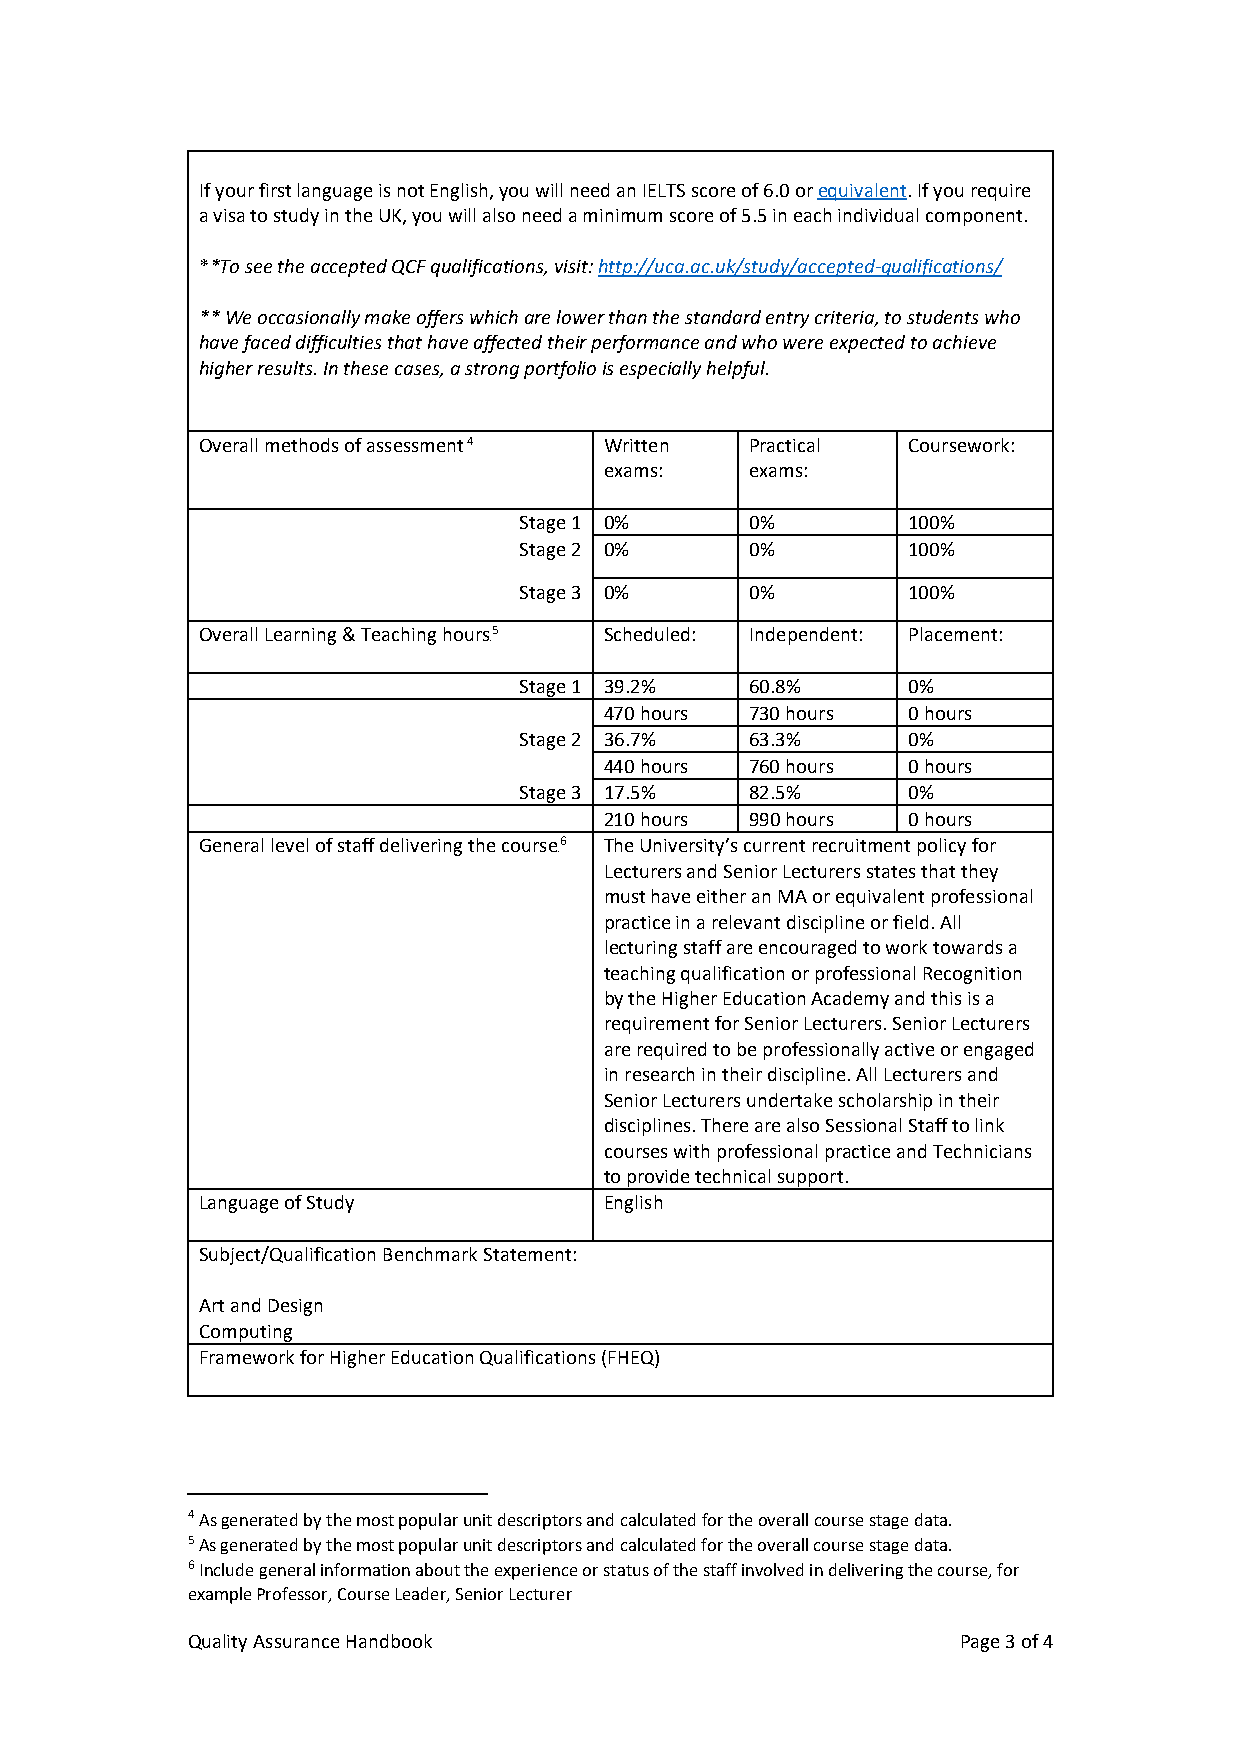
If your first language is not English, you will need an IELTS score of 6.0 or equivalent. If you require
 a visa to study in the UK, you will also need a minimum score of 5.5 in each individual component.
 **To see the accepted QCF qualifications, visit: http://uca.ac.uk/study/accepted-qualifications/
 ** We occasionally make offers which are lower than the standard entry criteria, to students who
 have faced difficulties that have affected their performance and who were expected to achieve
 higher results. In these cases, a strong portfolio is especially helpful.
 Overall methods of assessment4 Written Practical Coursework:
 3F
 exams:    exams:
 Stage 1 0%      0%        100%
 Stage 2 0%      0%        100%
 Stage 3 0%      0%        100%
 Overall Learning & Teaching hours5 Scheduled: Independent: Placement:
 4F
 Stage 1 39.2%   60.8%     0%
 470 hours 730 hours 0 hours
 Stage 2 36.7%   63.3%     0%
 440 hours 760 hours 0 hours
 Stage 3 17.5%   82.5%     0%
 210 hours 990 hours 0 hours
 General level of staff delivering the course6 The University’s current recruitment policy for
 5F
 Lecturers and Senior Lecturers states that they
 must have either an MA or equivalent professional
 practice in a relevant discipline or field. All
 lecturing staff are encouraged to work towards a
 teaching qualification or professional Recognition
 by the Higher Education Academy and this is a
 requirement for Senior Lecturers. Senior Lecturers
 are required to be professionally active or engaged
 in research in their discipline. All Lecturers and
 Senior Lecturers undertake scholarship in their
 disciplines. There are also Sessional Staff to link
 courses with professional practice and Technicians
 to provide technical support.
 Language of Study          English
 Subject/Qualification Benchmark Statement:
 Art and Design
 Computing
 Framework for Higher Education Qualifications (FHEQ)
 4 As generated by the most popular unit descriptors and calculated for the overall course stage data.
 5 As generated by the most popular unit descriptors and calculated for the overall course stage data.
 6 Include general information about the experience or status of the staff involved in delivering the course, for
 example Professor, Course Leader, Senior Lecturer
 Quality Assurance Handbook                          Page 3 of 4